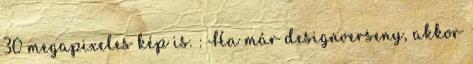
30 megapixeles kép is. : Ha már designverseny, akkor